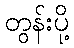
တွန်းပို့